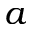
a